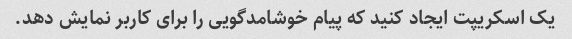
یک اسکریپت ایجاد کنید که پیام خوشامدگویی را برای کاربر نمایش دهد.